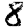
Digit: 8